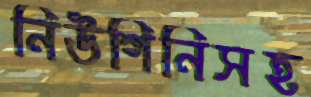
নিউগিনিসহ